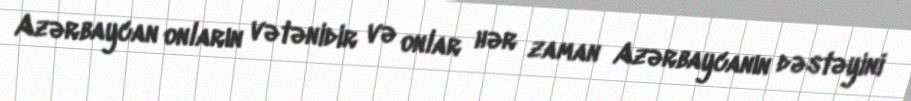
Azərbaycan onların vətənidir və onlar hər zaman Azərbaycanın dəstəyini